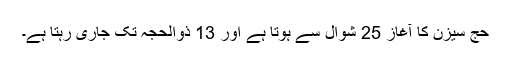
حج سیزن کا آغاز 25 شوال سے ہوتا ہے اور 13 ذوالحجہ تک جاری رہتا ہے۔